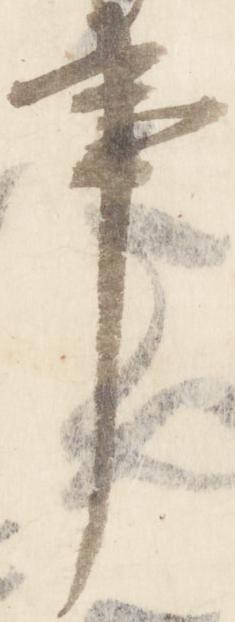
事